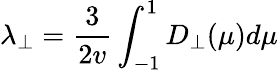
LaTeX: \lambda_{\perp}=\frac{3}{2v}\int_{-1}^{1}D_{\perp}(\mu)d\mu